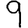
Digit: 9